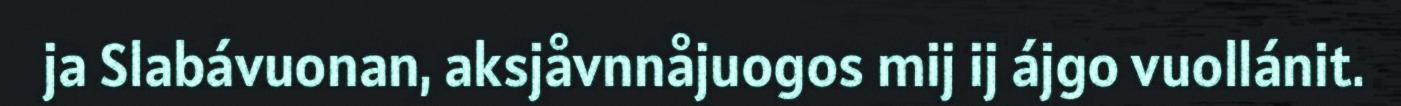
ja Slabávuonan, aksjåvnnåjuogos mij ij ájgo vuollánit.